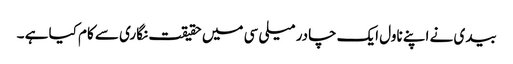
بیدی نے اپنے ناول ایک چادر میلی سی میں حقیقت نگاری سے کام کیا ہے ۔